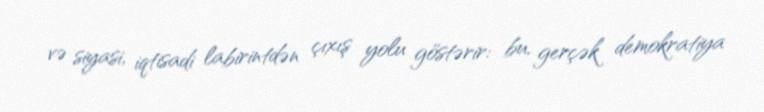
və siyasi, iqtisadi labirintdən çıxış yolu göstərir: bu, gerçək demokratiya